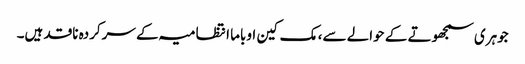
جوہری سمجھوتے کے حوالے سے، مک کین اوباما انتظامیہ کے سرکردہ ناقد ہیں۔